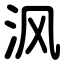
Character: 沨